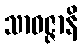
သာဝဇ္ဇာနိ